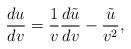
\begin{align*} \frac{du}{dv}=\frac{1}{v}\frac{d\tilde{u}}{dv}-\frac{\tilde{u}}{v^2},\end{align*}